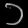
Digit: ၁